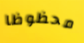
محظوظا